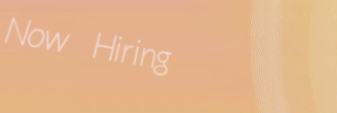
Now Hiring